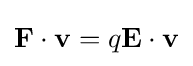
\mathbf {F} \cdot \mathbf {v} =q\mathbf {E} \cdot \mathbf {v}